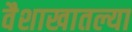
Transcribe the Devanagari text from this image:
वैशाखातल्या